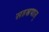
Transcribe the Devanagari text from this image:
सहस्रपात्